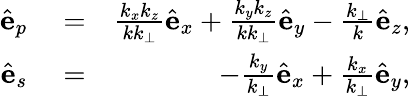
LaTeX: \begin{array}{rlr}{\hat{\mathbf e}_{p}}&{{}=}&{\frac{k_{x}k_{z}}{kk_{\perp}}\hat{\mathbf e}_{x}+\frac{k_{y}k_{z}}{kk_{\perp}}\hat{\mathbf e}_{y}-\frac{k_{\perp}}{k}\hat{\mathbf e}_{z},}\\ {\hat{\mathbf e}_{s}}&{{}=}&{-\frac{k_{y}}{k_{\perp}}\hat{\mathbf e}_{x}+\frac{k_{x}}{k_{\perp}}\hat{\mathbf e}_{y},}\end{array}